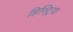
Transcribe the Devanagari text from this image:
हिस्ट्रिया